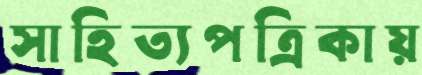
সাহিত্যপত্রিকায়